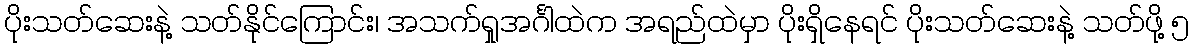
ပိုးသတ်ဆေးနဲ့ သတ်နိုင်ကြောင်း၊ အသက်ရှုအင်္ဂါထဲက အရည်ထဲမှာ ပိုးရှိနေရင် ပိုးသတ်ဆေးနဲ့ သတ်ဖို့ ၅